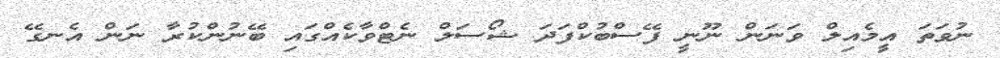
ނުވަތަ އީމެއިލް ވަނަން ނޫނީ ފޭސްބުކްފަދަ ޝޯސަލް ނެޓްވާކެއްގައި ބޭނުންކުރާ ނަން އެނގޭ